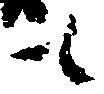
も